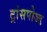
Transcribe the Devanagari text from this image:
ट्रांसपोज्ड